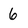
Character: 6